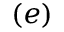
( e )